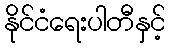
နိုင်ငံရေးပါတီနှင့်